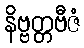
နိဗ္ဗတ္တဗီဇံ